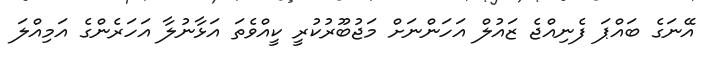
އޭނަގެ ބައްޕަ ފެނިއްޖެ ޒައުލް އަހަންނަށް މަޖުބޫރުކުރީ ކީއްވެތަ އަޅާނުލާ އަހަރެންގެ އަމިއްލަ